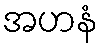
အဟနံ